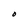
Character: O